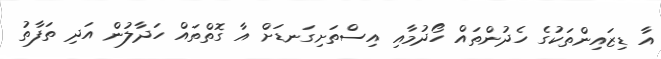
އާ ޑިޒައިންތަކުގެ ހެދުންތައް ހޯދުމާއި އިސްތަށިގަނޑަށް އާ ގޮތްތައް ހަދާލުން އަދި ތަފާތު